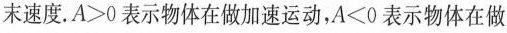
末速度.$$A>0$$表示物体在做加速运动，$$A<0$$表示物体在做